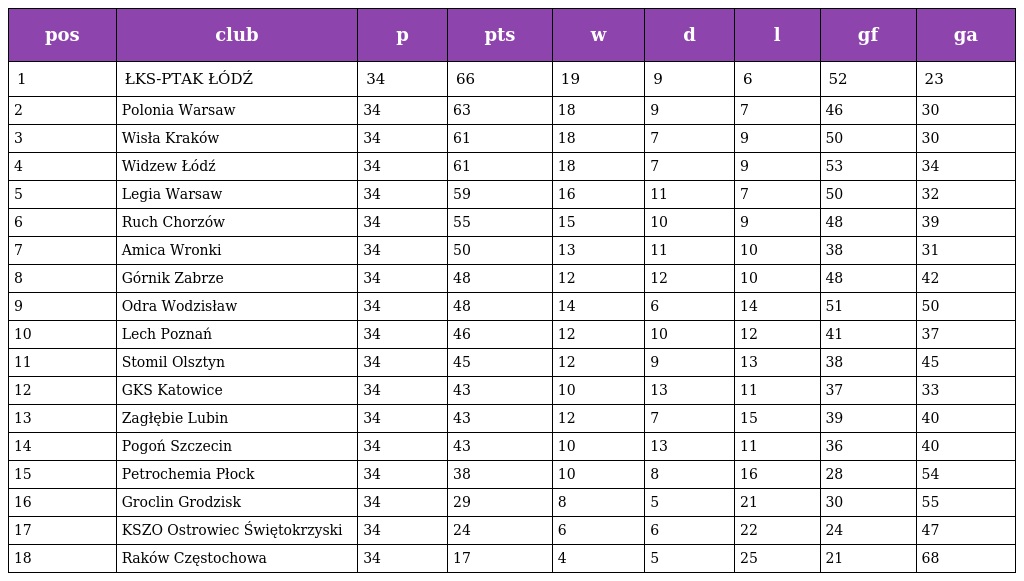
| pos | club | p | pts | w | d | l | gf | ga |
 | --- | --- | --- | --- | --- | --- | --- | --- | --- |
 | 1 | ŁKS-PTAK ŁÓDŹ | 34 | 66 | 19 | 9 | 6 | 52 | 23 |
 | 2 | Polonia Warsaw | 34 | 63 | 18 | 9 | 7 | 46 | 30 |
 | 3 | Wisła Kraków | 34 | 61 | 18 | 7 | 9 | 50 | 30 |
 | 4 | Widzew Łódź | 34 | 61 | 18 | 7 | 9 | 53 | 34 |
 | 5 | Legia Warsaw | 34 | 59 | 16 | 11 | 7 | 50 | 32 |
 | 6 | Ruch Chorzów | 34 | 55 | 15 | 10 | 9 | 48 | 39 |
 | 7 | Amica Wronki | 34 | 50 | 13 | 11 | 10 | 38 | 31 |
 | 8 | Górnik Zabrze | 34 | 48 | 12 | 12 | 10 | 48 | 42 |
 | 9 | Odra Wodzisław | 34 | 48 | 14 | 6 | 14 | 51 | 50 |
 | 10 | Lech Poznań | 34 | 46 | 12 | 10 | 12 | 41 | 37 |
 | 11 | Stomil Olsztyn | 34 | 45 | 12 | 9 | 13 | 38 | 45 |
 | 12 | GKS Katowice | 34 | 43 | 10 | 13 | 11 | 37 | 33 |
 | 13 | Zagłębie Lubin | 34 | 43 | 12 | 7 | 15 | 39 | 40 |
 | 14 | Pogoń Szczecin | 34 | 43 | 10 | 13 | 11 | 36 | 40 |
 | 15 | Petrochemia Płock | 34 | 38 | 10 | 8 | 16 | 28 | 54 |
 | 16 | Groclin Grodzisk | 34 | 29 | 8 | 5 | 21 | 30 | 55 |
 | 17 | KSZO Ostrowiec Świętokrzyski | 34 | 24 | 6 | 6 | 22 | 24 | 47 |
 | 18 | Raków Częstochowa | 34 | 17 | 4 | 5 | 25 | 21 | 68 |